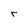
Character: r